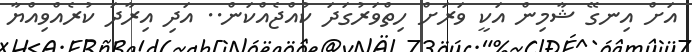
އަށް އިނގޭ ޝާމިން އަކީ ވަރަށް ހިތްވަރުގަދަ ކުއްޖެއްކަން.. އަދި އިރާދަ ކުރެއްވިއްޔާ